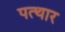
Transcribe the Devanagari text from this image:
पत्थार